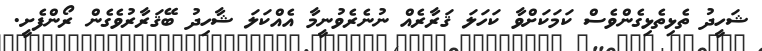
ޝަހީދު ތެޅިތެޅިގެންވެސް ކަމަކަށްވާ ކަހަލަ ޤަރާރެއް ނުނެރެވުނީމާ އެއްކަލަ ޝާހިދު ބޭޤަރާރުވެގެން ރޯންފެށީ.